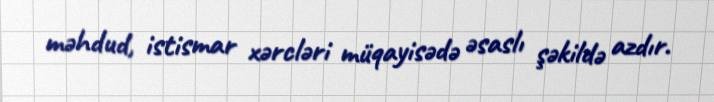
məhdud, istismar xərcləri müqayisədə əsaslı şəkildə azdır.